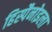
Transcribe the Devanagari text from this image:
हिस्पैनोइला